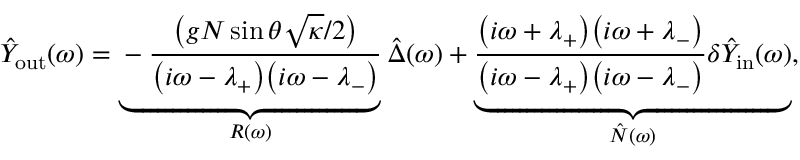
\hat { Y } _ { \mathrm { o u t } } ( \omega ) = \underbrace { - \frac { \big ( g N \sin \theta \sqrt { \kappa } / 2 \big ) } { \big ( i \omega - \lambda _ { + } \big ) \big ( i \omega - \lambda _ { - } \big ) } } _ { R ( \omega ) } \hat { \Delta } ( \omega ) + \underbrace { \frac { \big ( i \omega + \lambda _ { + } \big ) \big ( i \omega + \lambda _ { - } \big ) } { \big ( i \omega - \lambda _ { + } \big ) \big ( i \omega - \lambda _ { - } \big ) } \delta \hat { Y } _ { \mathrm { i n } } ( \omega ) } _ { \hat { N } ( \omega ) } ,